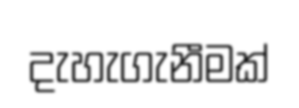
දැහැගැනීමක්